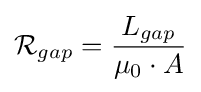
{\mathcal {R}}_{gap}={\frac {L_{gap}}{\mu _{0}\cdot A}}